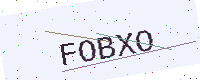
Text: FOBXO